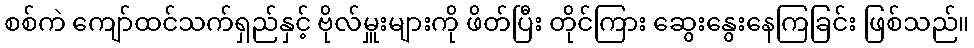
စစ်ကဲ ကျော်ထင်သက်ရှည်နှင့် ဗိုလ်မှူးများကို ဖိတ်ပြီး တိုင်ကြား ဆွေးနွေးနေကြခြင်း ဖြစ်သည်။